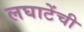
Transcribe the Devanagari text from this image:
लघाटेंची